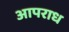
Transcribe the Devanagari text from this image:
आपराध